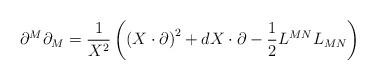
LaTeX: \begin{align*}\partial ^{M}\partial _{M}=\frac{1}{X^{2}}\left( \left( X\cdot \partial\right) ^{2}+dX\cdot \partial -\frac{1}{2}L^{MN}L_{MN}\right)\end{align*}